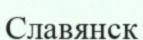
Славянск